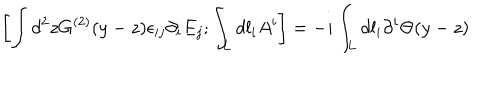
\left[ \int d ^ { 2 } z G ^ { ( 2 ) } ( y - z ) \epsilon _ { i j } \partial _ { i } E _ { j } ; \int _ { L } d l _ { i } A ^ { i } \right] = - i \int _ { L } d l _ { i } \partial ^ { i } \Theta ( y - z )